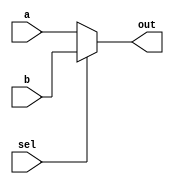
module top_module (
    input wire a,
    input wire b,
    input wire sel,
    output wire out
);
    // Multiplexer logic: out is b if sel is high, a if sel is low
    assign out = (sel) ? b : a;
endmodule